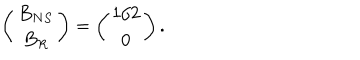
LaTeX: \left( \begin{array} { c } { { B _ { N S } } } \\ { { B _ { R } } } \\ \end{array} \right) = \left( \begin{array} { c } { { 1 / 2 } } \\ { { 0 } } \\ \end{array} \right) .